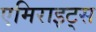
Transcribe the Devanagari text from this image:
एमिराइट्स